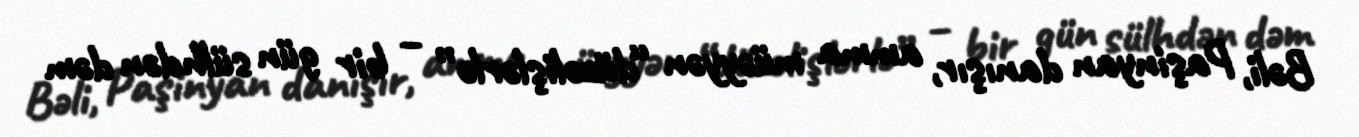
Bəli, Paşinyan danışır, amma müəyyən “düzəlişlərlə” – bir gün sülhdən dəm